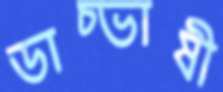
ডাচ্ভাষী